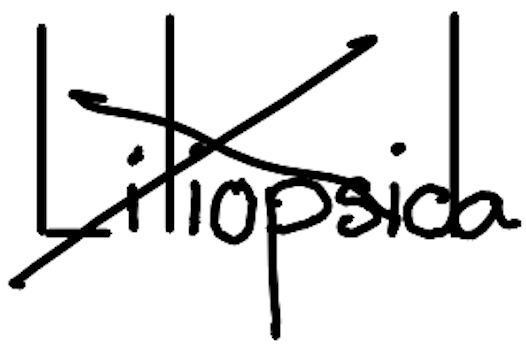
Text: Liliopsida
Cross-out: cross
Writing tool: digital_black